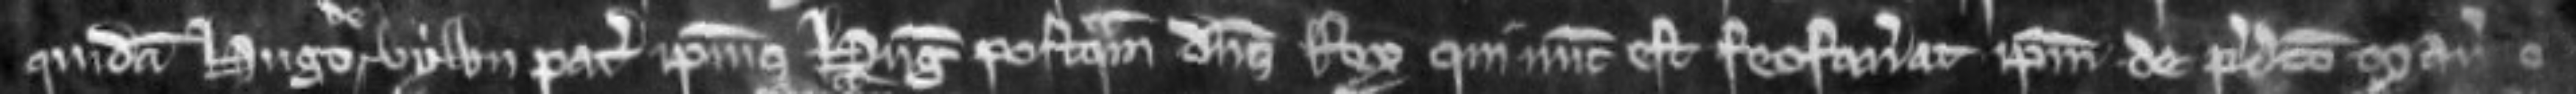
quidam Hugo de Wywn pater ipsius Hugonis postquam dominus Rex qui nunc est feoffaverat ipsum de predicto manerio